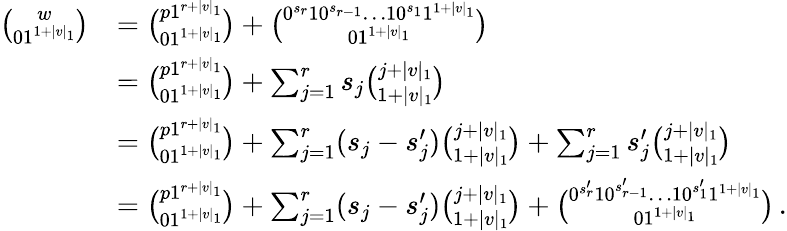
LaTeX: \begin{array}{rl}{\binom{w}{01^{1+|v|_{1}}}}&{=\binom{p1^{r+|v|_{1}}}{01^{1+|v|_{1}}}+\binom{0^{s_{r}}10^{s_{r-1}}\ldots 10^{s_{1}}1^{1+|v|_{1}}}{01^{1+|v|_{1}}}}\\ &{=\binom{p1^{r+|v|_{1}}}{01^{1+|v|_{1}}}+\sum_{j=1}^{r}s_{j}\binom{j+|v|_{1}}{1+|v|_{1}}}\\ &{=\binom{p1^{r+|v|_{1}}}{01^{1+|v|_{1}}}+\sum_{j=1}^{r}(s_{j}-s_{j}^{\prime})\binom{j+|v|_{1}}{1+|v|_{1}}+\sum_{j=1}^{r}s_{j}^{\prime}\binom{j+|v|_{1}}{1+|v|_{1}}}\\ &{=\binom{p1^{r+|v|_{1}}}{01^{1+|v|_{1}}}+\sum_{j=1}^{r}(s_{j}-s_{j}^{\prime})\binom{j+|v|_{1}}{1+|v|_{1}}+\binom{0^{s_{r}^{\prime}}10^{s_{r-1}^{\prime}}\ldots 10^{s_{1}^{\prime}}1^{1+|v|_{1}}}{01^{1+|v|_{1}}}\, .}\end{array}